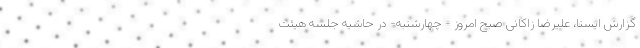
گزارش ایسنا، علیرضا زاکانی صبح امروز - چهارشنبه- در حاشیه جلسه هیئت